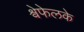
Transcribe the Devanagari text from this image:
श्वेफेलके